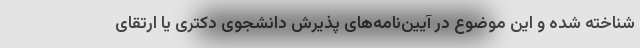
شناخته شده و این موضوع در آیین‌نامه‌های پذیرش دانشجوی دکتری یا ارتقای